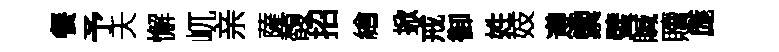
餐予夭懈屼亲薩馥招繪掀戒御姓妓遵籞璧贓贖庬